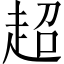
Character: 超